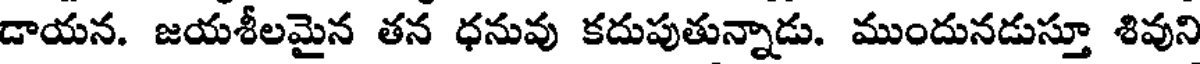
డాయన. జయశీలమైన తన ధనువు కదుపుతున్నాడు. ముందునడుస్తూ శివుని